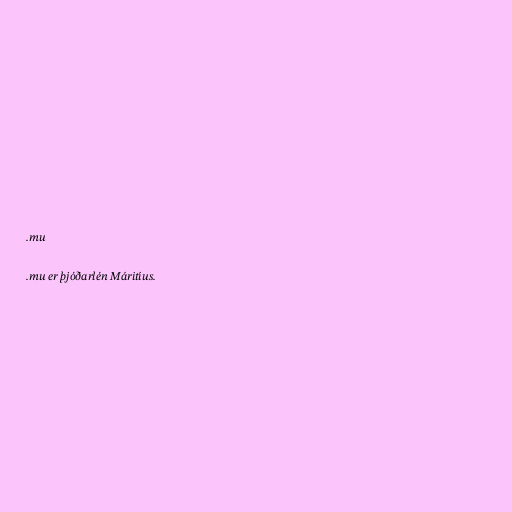
.mu

.mu er þjóðarlén Máritíus.